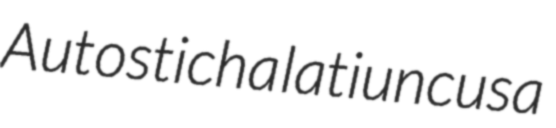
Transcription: Autosticha latiuncusa